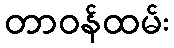
တာဝန်ထမ်း